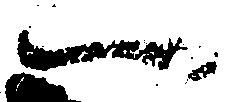
一